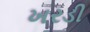
ખરડી